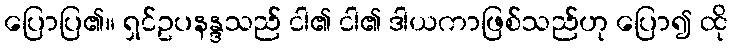
ပြောပြ၏။ ရှင်ဥပနန္ဒသည် ငါ၏ ငါ၏ ဒါယကာဖြစ်သည်ဟု ပြော၍ ထို